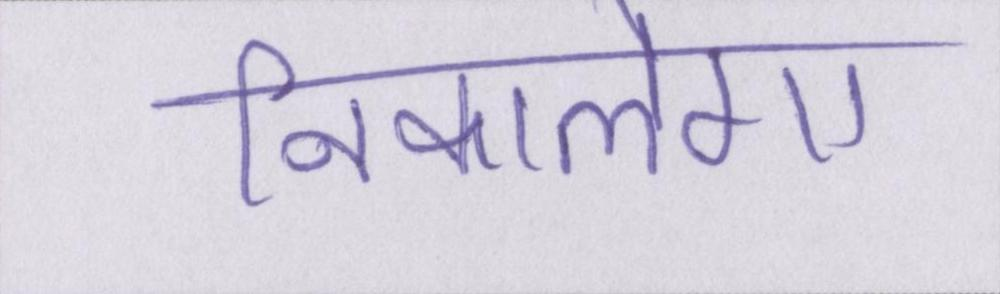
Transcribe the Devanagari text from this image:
निकालेगा